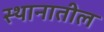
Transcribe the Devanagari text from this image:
स्थानातील